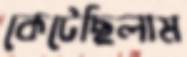
কেটেছিলাম